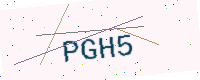
Text: PGH5